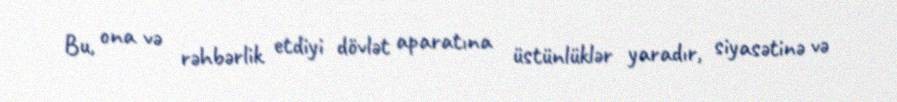
Bu, ona və rəhbərlik etdiyi dövlət aparatına üstünlüklər yaradır, siyasətinə və